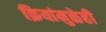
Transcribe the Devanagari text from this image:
क्रियांमुळेही